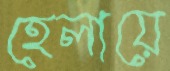
হেলায়ে